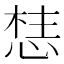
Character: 𭝦